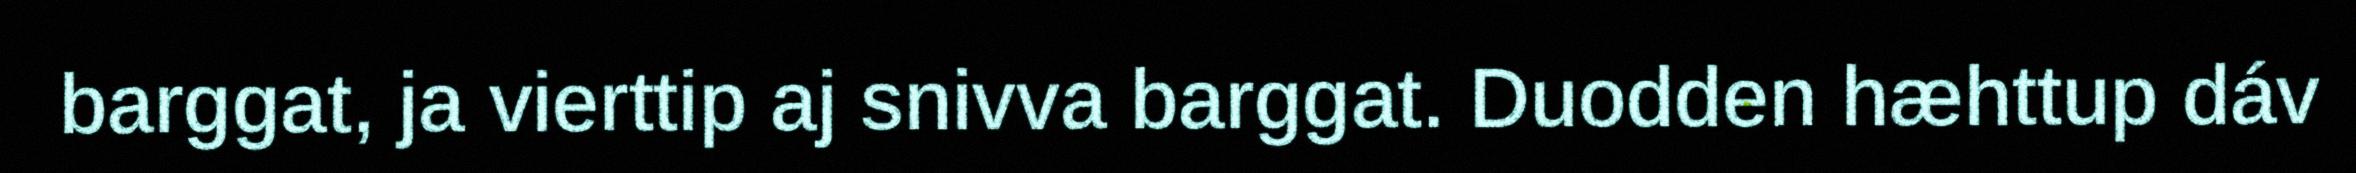
barggat, ja vierttip aj snivva barggat. Duodden hæhttup dáv